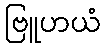
ဗြူဟယံ